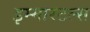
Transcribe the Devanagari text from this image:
इम्मारटल्स